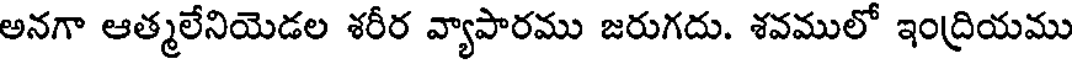
అనగా ఆత్మలేనియెడల శరీర వ్యాపారము జరుగదు. శవములో ఇంద్రియము